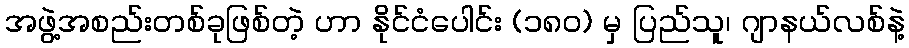
အဖွဲ့အစည်းတစ်ခုဖြစ်တဲ့ ဟာ နိုင်ငံပေါင်း (၁၈ဝ) မှ ပြည်သူ၊ ဂျာနယ်လစ်နဲ့